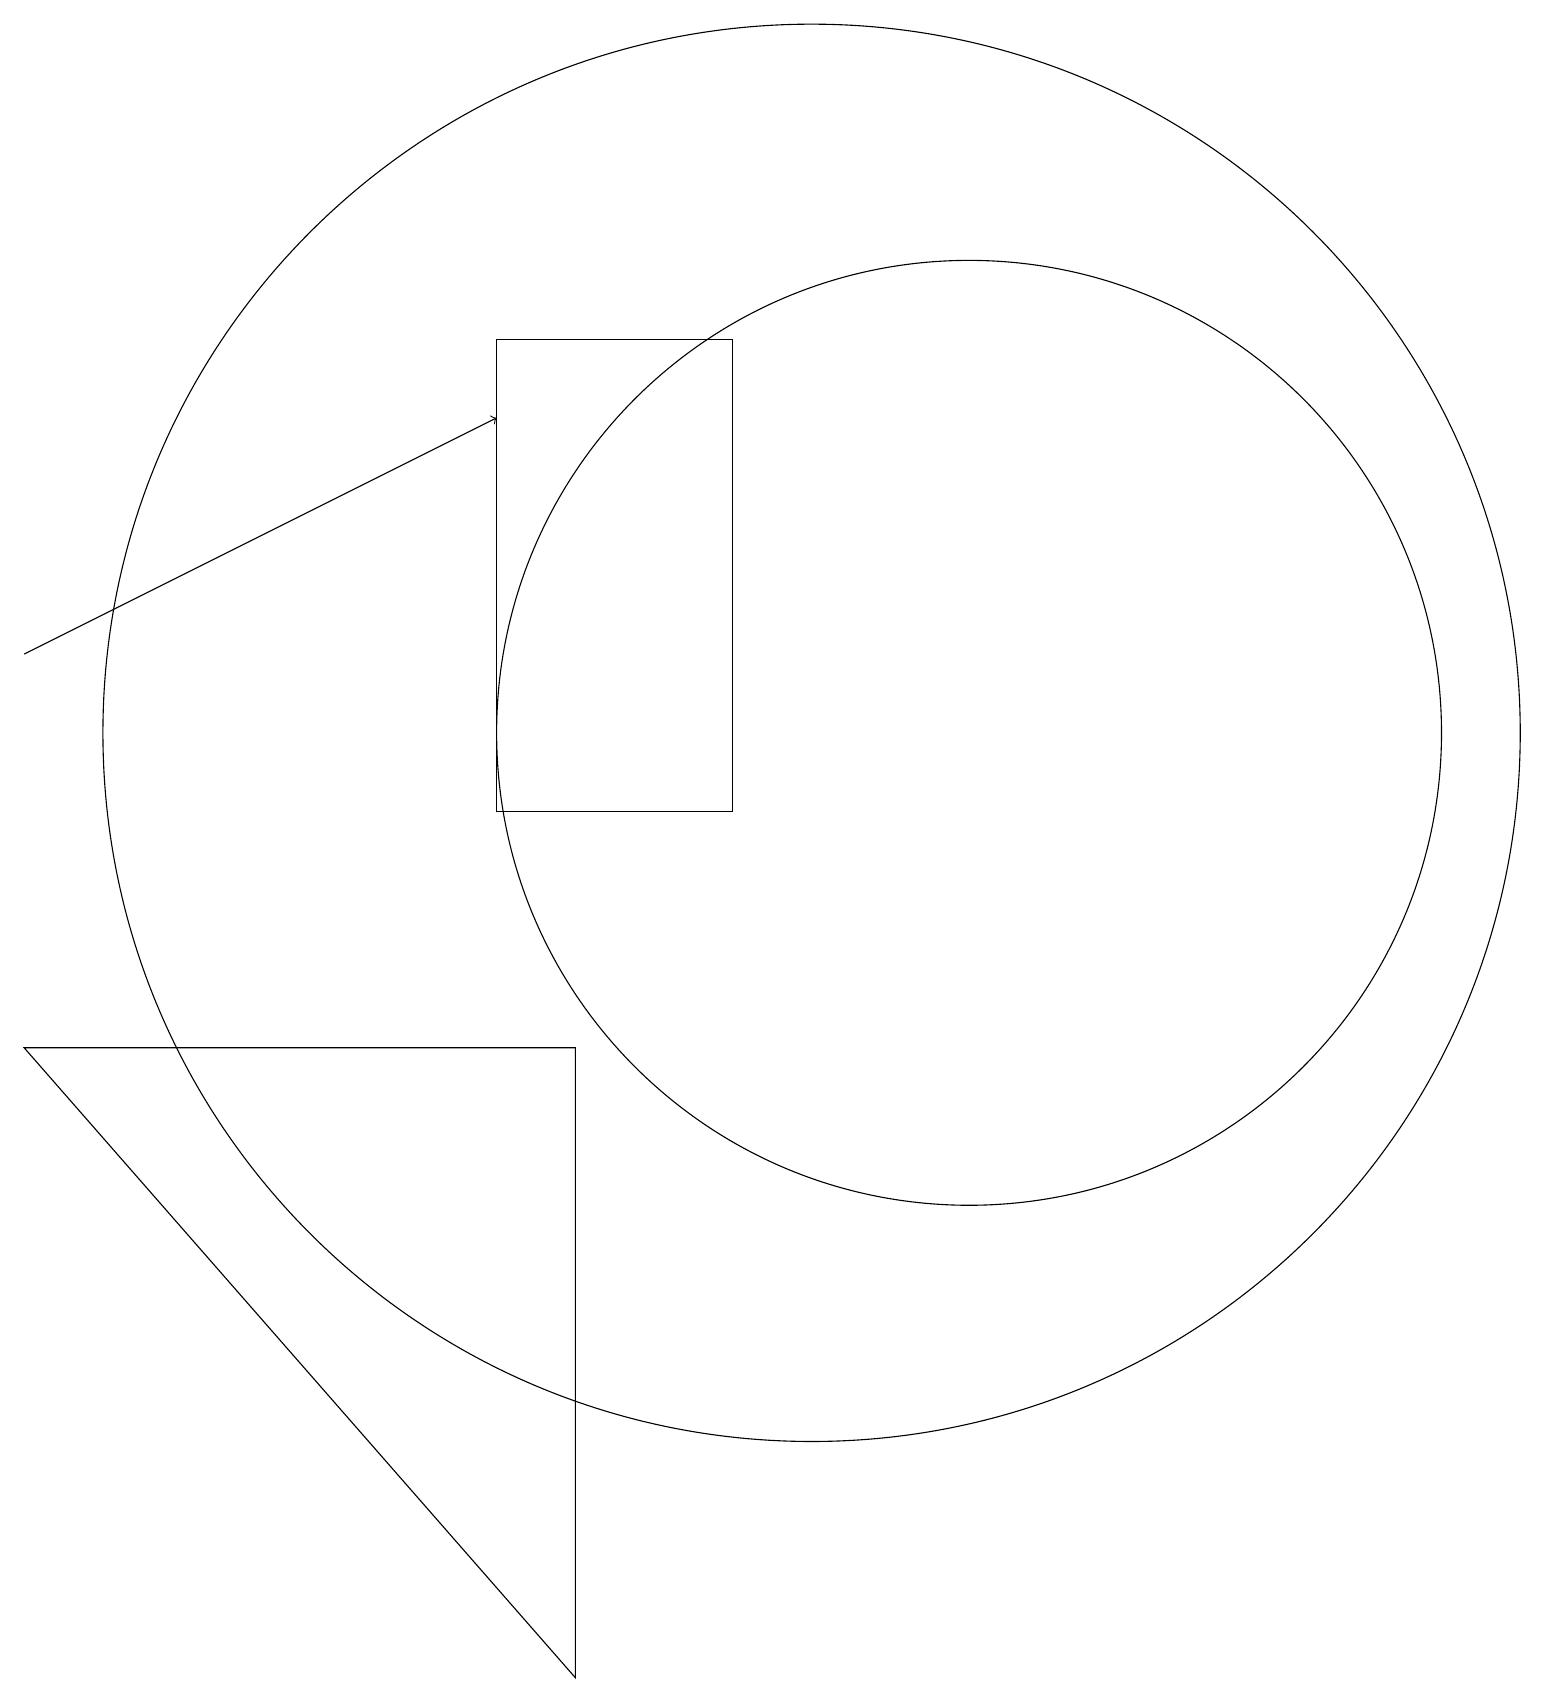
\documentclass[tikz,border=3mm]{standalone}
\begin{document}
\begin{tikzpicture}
\draw (10,12) circle (9);
\draw[->] (0,13) -- (6,16);
\draw (7,8) -- (7,0) -- (0,8) -- cycle;
\draw (6,11) rectangle (9,17);
\draw (12,12) circle (6);
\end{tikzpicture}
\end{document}